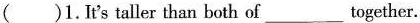
( )1.It's taller than both of ___ together.